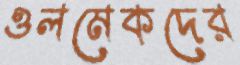
ওলমেকদের